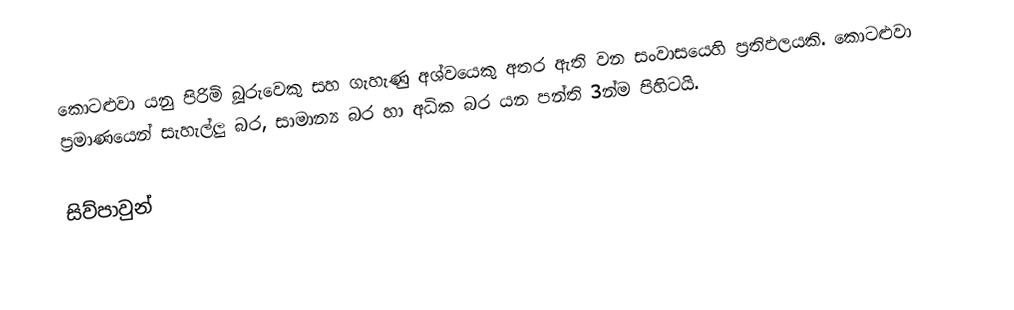
කොටළුවා යනු පිරිමි බූරුවෙකු සහ ගැහැණු අශ්වයෙකු අතර ඇති වන සංවාසයෙහි ප්‍රතිඵලයකි. කොටළුවා ප්‍රමාණයෙන් සැහැල්ලු බර, සාමාන්‍ය බර හා අධික බර යන පන්ති 3න්ම පිහිටයි.

සිව්පාවුන්